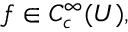
f \in C _ { c } ^ { \infty } ( U ) ,